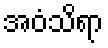
အဝံသိရာ